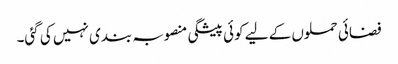
فضائی حملوں کے لیے کوئی پیشگی منصوبہ بندی نہیں کی گئی۔